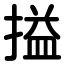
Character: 搤